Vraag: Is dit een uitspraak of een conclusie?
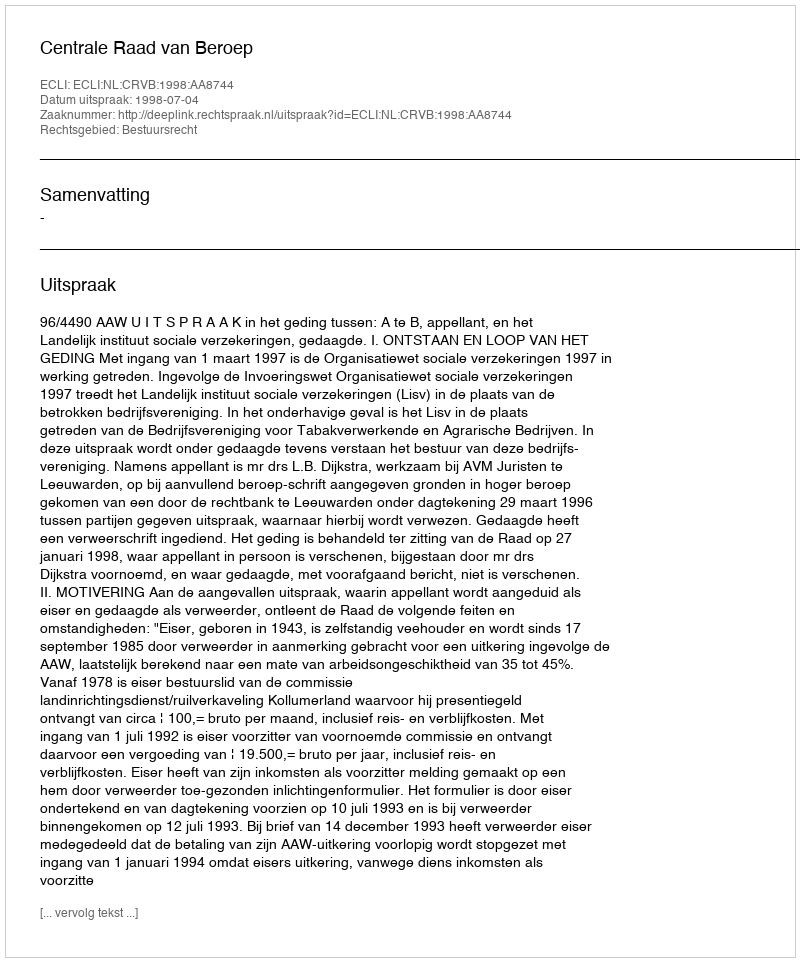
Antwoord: Uitspraak